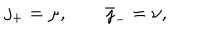
j _ { + } = \mu , \qquad \bar { \jmath } _ { - } = \nu ,